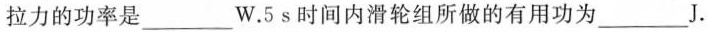
拉力的功率是________W.5s时间内滑轮组所做的有用功为_____J。